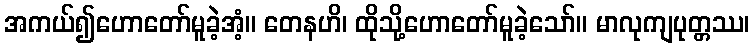
အကယ်၍ဟောတော်မူခဲ့အံ့။ တေနဟိ၊ ထိုသို့ဟောတော်မူခဲ့သော်။ မာလုကျပုတ္တဿ၊